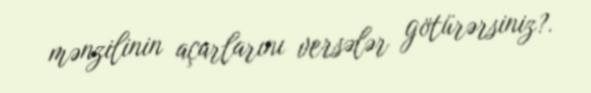
mənzilinin açarlarını versələr götürərsiniz?.